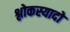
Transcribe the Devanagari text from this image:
श्लोकस्यादो